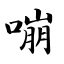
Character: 嘣